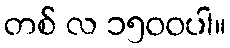
တစ် လ ၁၅၀၀ပါ။